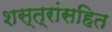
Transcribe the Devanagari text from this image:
शस्त्रांसहित